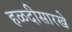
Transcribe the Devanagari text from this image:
हळदीसारखे